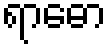
ရာဓော